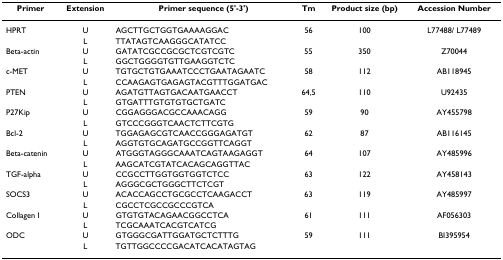
<table><thead><tr><td><b>Primer</b></td><td><b>Extension</b></td><td><b>Primer sequence (5&#x27;-3&#x27;)</b></td><td><b>Tm</b></td><td><b>Product size (bp)</b></td><td><b>Accession Number</b></td></tr></thead><tbody><tr><td>HPRT</td><td>U</td><td>AGCTTGCTGGTGAAAAGGAC</td><td>56</td><td>100</td><td>L77488/ L77489</td></tr><tr><td></td><td>L</td><td>TTATAGTCAAGGGCATATCC</td><td></td><td></td><td></td></tr><tr><td>Beta-actin</td><td>U</td><td>GATATCGCCGCGCTCGTCGTC</td><td>55</td><td>350</td><td>Z70044</td></tr><tr><td></td><td>L</td><td>GGCTGGGGTGTTGAAGGTCTC</td><td></td><td></td><td></td></tr><tr><td>c-MET</td><td>U</td><td>TGTGCTGTGAAATCCCTGAATAGAATC</td><td>58</td><td>112</td><td>AB118945</td></tr><tr><td></td><td>L</td><td>CCAAGAGTGAGAGTACGTTTGGATGAC</td><td></td><td></td><td></td></tr><tr><td>PTEN</td><td>U</td><td>AGATGTTAGTGACAATGAACCT</td><td>64,5</td><td>110</td><td>U92435</td></tr><tr><td></td><td>L</td><td>GTGATTTGTGTGTGCTGATC</td><td></td><td></td><td></td></tr><tr><td>P27Kip</td><td>U</td><td>CGGAGGGACGCCAAACAGG</td><td>59</td><td>90</td><td>AY455798</td></tr><tr><td></td><td>L</td><td>GTCCCGGGTCAACTCTTCGTG</td><td></td><td></td><td></td></tr><tr><td>Bcl-2</td><td>U</td><td>TGGAGAGCGTCAACCGGGAGATGT</td><td>62</td><td>87</td><td>AB116145</td></tr><tr><td></td><td>L</td><td>AGGTGTGCAGATGCCGGTTCAGGT</td><td></td><td></td><td></td></tr><tr><td>Beta-catenin</td><td>U</td><td>ATGGGTAGGGCAAATCAGTAAGAGGT</td><td>64</td><td>107</td><td>AY485996</td></tr><tr><td></td><td>L</td><td>AAGCATCGTATCACAGCAGGTTAC</td><td></td><td></td><td></td></tr><tr><td>TGF-alpha</td><td>U</td><td>CCGCCTTGGTGGTGGTCTCC</td><td>63</td><td>122</td><td>AY458143</td></tr><tr><td></td><td>L</td><td>AGGGCGCTGGGCTTCTCGT</td><td></td><td></td><td></td></tr><tr><td>SOCS3</td><td>U</td><td>ACACCAGCCTGCGCCTCAAGACCT</td><td>63</td><td>119</td><td>AY485997</td></tr><tr><td></td><td>L</td><td>CGCCTCGCCGCCCGTCA</td><td></td><td></td><td></td></tr><tr><td>Collagen I</td><td>U</td><td>GTGTGTACAGAACGGCCTCA</td><td>61</td><td>111</td><td>AF056303</td></tr><tr><td></td><td>L</td><td>TCGCAAATCACGTCATCG</td><td></td><td></td><td></td></tr><tr><td>ODC</td><td>U</td><td>GTGGGCGATTGGATGCTCTTTG</td><td>59</td><td>111</td><td>BI395954</td></tr><tr><td></td><td>L</td><td>TGTTGGCCCCGACATCACATAGTAG</td><td></td><td></td><td></td></tr></tbody></table>